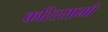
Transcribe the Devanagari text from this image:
करिस्सामो